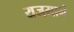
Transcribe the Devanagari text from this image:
यजमानं